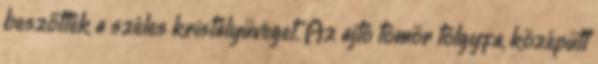
beszőtték a széles kristályüveget. Az ajtó tömör tölgyfa, középütt